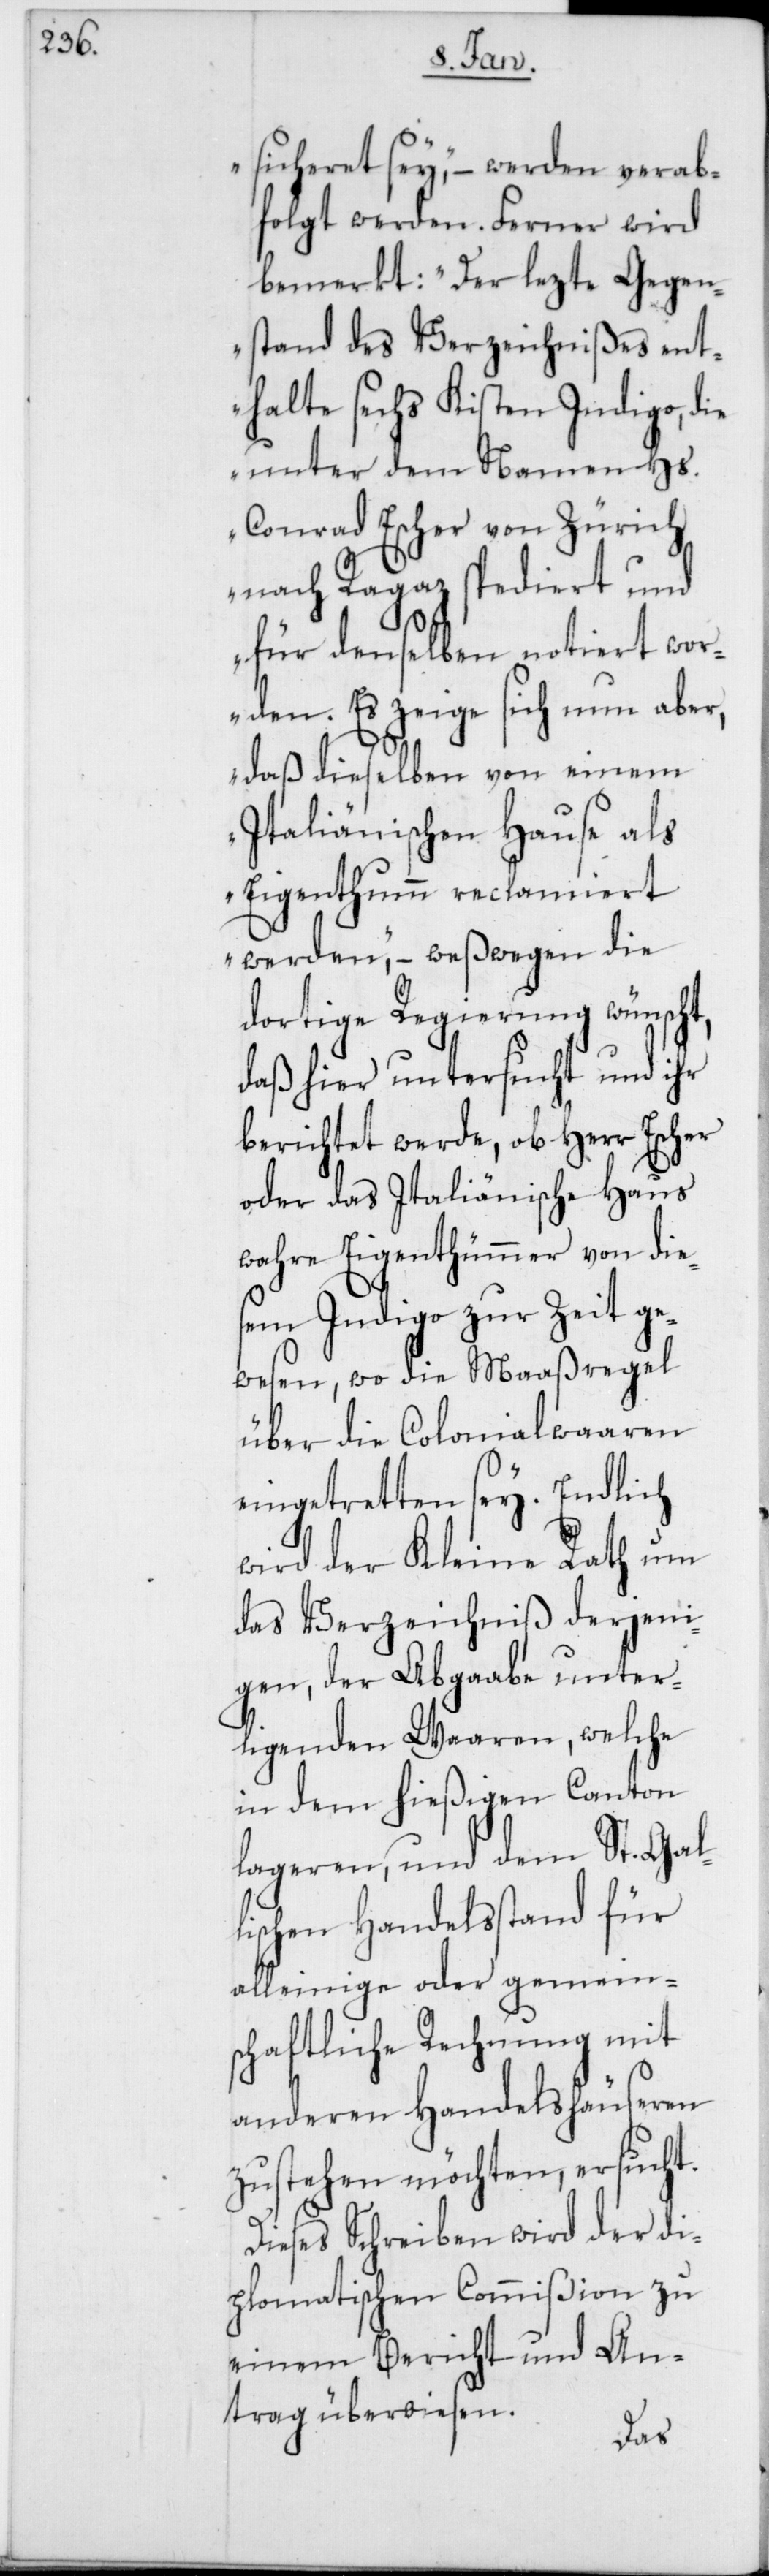
sicheret sey“, – werden verab¬
folgt werden. Ferner wird
bemerkt: „Der lezte Gegen¬
stand des Verzeichnißes ent¬
halte sechs Kisten Indigo, die
unter dem Namen Hs.
Conrad Escher von Zürich
nach Ragaz spediert und
für denselben notiert wor¬
den. Es zeige sich nun aber,
daß dieselben von einem
Italiänischen Hause als
Eigenthum reclamiert
werden“, – weßwegen die
dortige Regierung wünscht,
daß hier untersucht und ihr
berichtet werde, ob Herr Escher
oder das Italiänische Haus
wahre Eigenthümer von die¬
sem Indigo zur Zeit ge¬
wesen, wo die Maaßregel
über die Colonialwaaren
eingetretten sey. Endlich
wird der Kleine Rath um
das Verzeichniß derjeni¬
gen, der Abgaabe unter¬
liegenden Waaren, welche
in dem hießigen Canton
lageren, und dem St. Gal¬
lischen Handelsstand für
alleinige oder gemein¬
schaftliche Rechnung mit
anderen Handelshäuseren
zustehen möchten, ersucht.
Dieses Schreiben wird der di¬
plomatischen Commißion zu
einem Bericht und An¬
trag überwiesen.